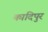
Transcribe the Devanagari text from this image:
कादिपुर